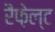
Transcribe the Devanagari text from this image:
रैंफ़ेल्ट